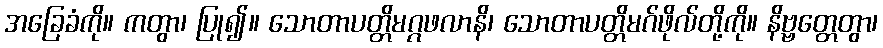
အခြေခံကို။ ကတွာ၊ ပြု၍။ သောတာပတ္တိမဂ္ဂဖလာနိ၊ သောတာပတ္တိမဂ်ဖိုလ်တို့ကို။ နိဗ္ဗတ္တေတွာ၊